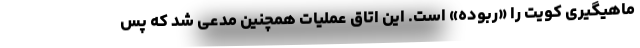
ماهیگیری کویت را «ربوده» است. این اتاق عملیات همچنین مدعی شد که پس